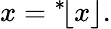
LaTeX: x={}^{*}\! \lfloor x\rfloor.